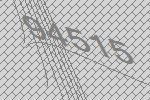
94515